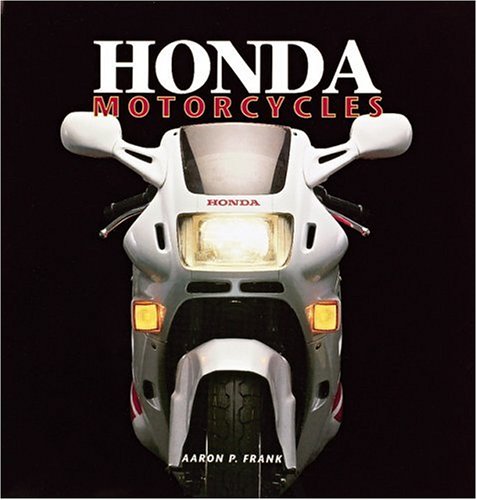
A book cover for Honda Motorcycles; Aaron Frank; Arts & Photography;